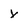
Character: Y